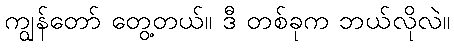
ကျွန်တော် တွေ့တယ်။ ဒီ တစ်ခုက ဘယ်လိုလဲ။